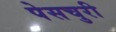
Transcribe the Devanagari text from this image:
पेसचुरी